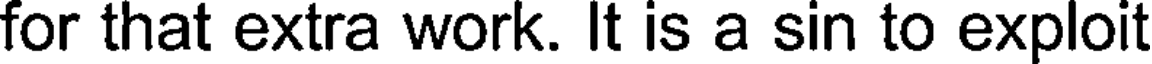
for that extra work. It is a sin to exploit